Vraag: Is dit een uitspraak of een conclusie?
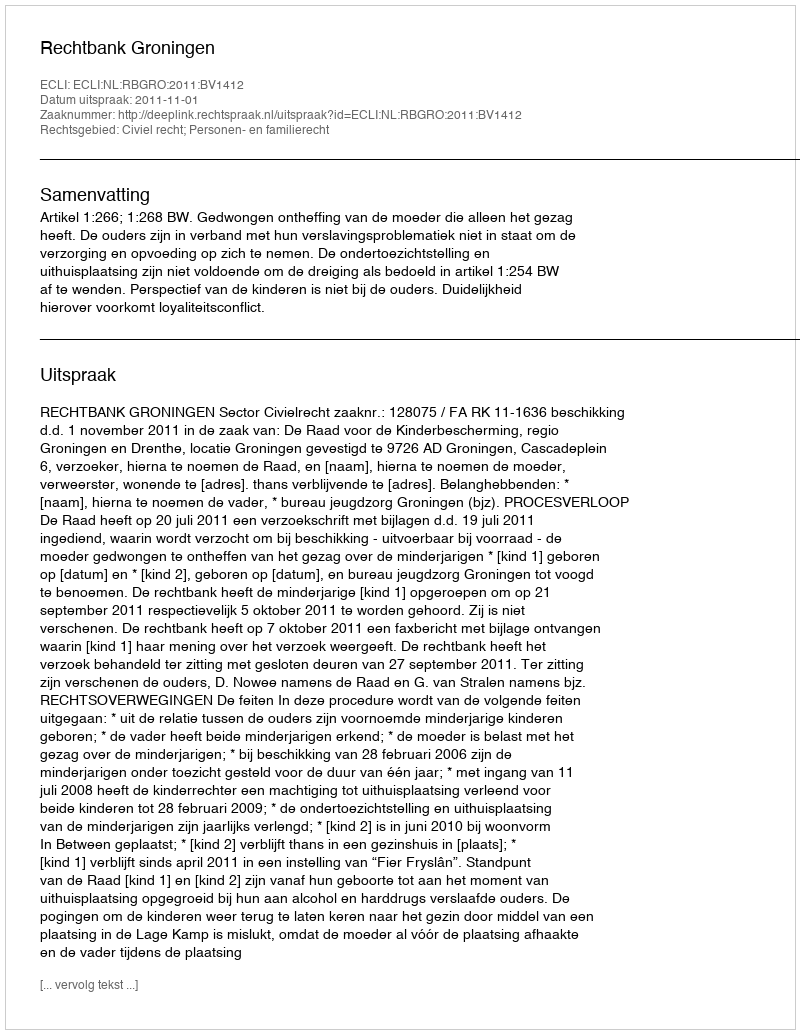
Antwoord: Uitspraak